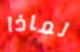
لماذا